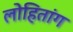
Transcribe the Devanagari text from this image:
लोहितांग